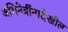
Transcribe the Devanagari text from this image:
अभिनेत्रींनादेखील